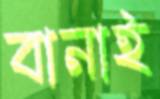
বানাই